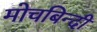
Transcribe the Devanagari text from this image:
मोचबिन्दी